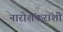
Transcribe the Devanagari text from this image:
नारोशंकरांशी